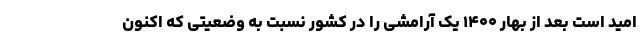
امید است بعد از بهار ۱۴۰۰ یک آرامشی را در کشور نسبت به وضعیتی که اکنون